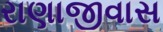
રાણાજીવાસ